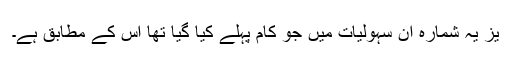
یز یہ شمارہ ان سہولیات میں جو کام پہلے کیا گیا تھا اس کے مطابق ہے۔